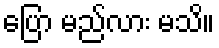
ပြော မည်လား မသိ။